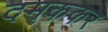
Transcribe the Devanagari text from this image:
दमककर